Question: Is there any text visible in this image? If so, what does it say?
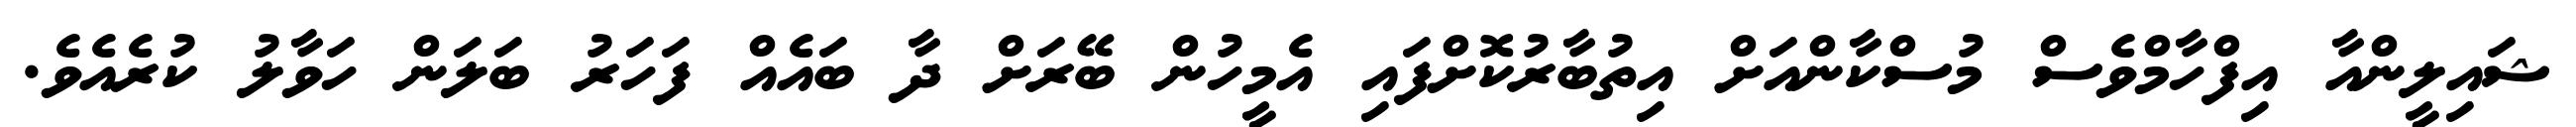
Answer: ޝައިލީންއާ އިފްހާމްވެސް މުސްކާންއަށް އިތުބާރުކޮށްފައި އެމީހުން ބޭރަށް ދާ ބައެއް ފަހަރު ބަލަން ހަވާލު ކުރެއެވެ.